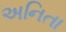
અનિતા